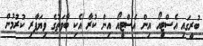
ބުރީގައި އެސްޓީއޯ އިން އެސްޓީއޯ އިން ކުރާ އެކި ބާވަތުގެ ވިޔަފާރި ކުރުމުން